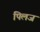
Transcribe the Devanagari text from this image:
पिलज